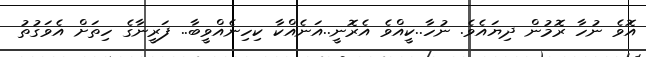
އޮވެ ނުހާ ރޮމުން ދިޔައެވެ. ނުހާ..ކީއްވެ އެރޮނީ..އަނެއްކާ ކިހިނެއްވީބާ.. ފަރީނާގެ ހިތަށް އެވަގުތު